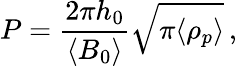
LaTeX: P=\frac{2\pi h_{0}}{\langle B_{0}\rangle}\sqrt{\pi\langle\rho_{p}\rangle}\, ,